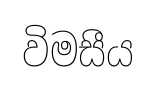
විමසීය